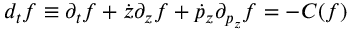
d _ { t } f \equiv \partial _ { t } f + \dot { z } \partial _ { z } f + \dot { p } _ { z } \partial _ { p _ { z } } f = - C ( f )